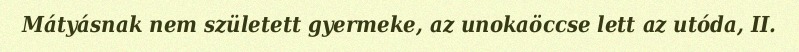
Mátyásnak nem született gyermeke, az unokaöccse lett az utóda, II.